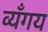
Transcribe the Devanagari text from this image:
व्यँगय